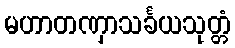
မဟာတဏှာသင်္ခယသုတ္တံ